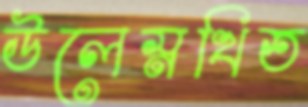
উলেস্নখিত